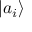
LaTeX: \textstyle | a _ { i } \rangle